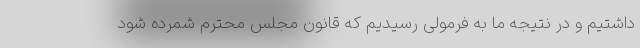
داشتیم و در نتیجه ما به فرمولی رسیدیم که قانون مجلس محترم شمرده شود